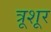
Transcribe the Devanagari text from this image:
त्रूशूर